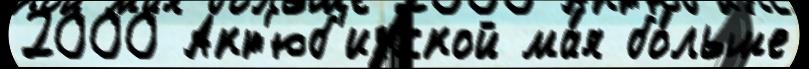
2000 Акт'юб'инской ма́я бо́льше